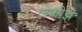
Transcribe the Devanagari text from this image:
जेफ्रीझ